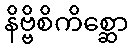
နိဗ္ဗိစိကိစ္ဆော